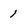
Character: 1